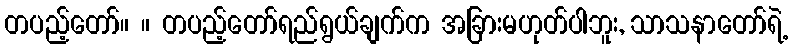
တပည့်တော်။ ။ တပည့်တော်ရည်ရွယ်ချက်က အခြားမဟုတ်ပါဘူး, သာသနာတော်ရဲ့